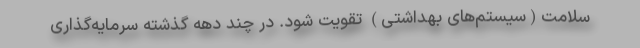
سلامت(سیستم‌های بهداشتی) تقویت شود. در چند دهه گذشته سرمایه‌گذاری